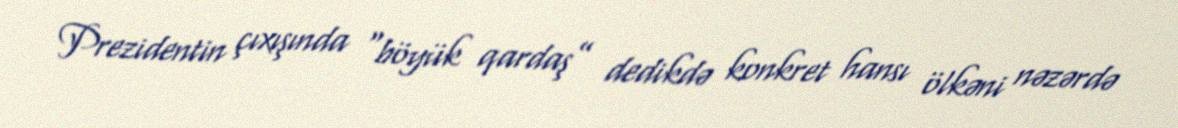
Prezidentin çıxışında “böyük qardaş” dedikdə konkret hansı ölkəni nəzərdə